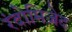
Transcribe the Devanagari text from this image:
रंदोमिज़ेद